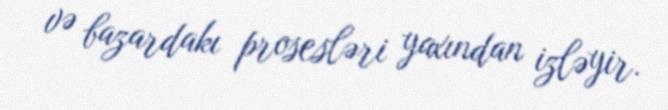
və bazardakı prosesləri yaxından izləyir.